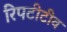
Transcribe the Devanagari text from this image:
रिपटीटीव